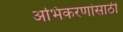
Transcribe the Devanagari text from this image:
अभिकरणांसाठी